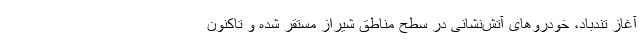
آغاز تندباد، خودروهای آتش‌نشانی در سطح مناطق شیراز مستقر شده و تاکنون